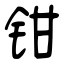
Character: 钳